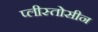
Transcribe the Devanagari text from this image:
प्लीस्तोसीन